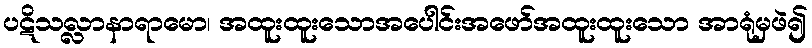
ပဋိသလ္လာနာရာမော၊ အထူးထူးသောအပေါင်းအဖော်အထူးထူးသော အာရုံမှဖဲ၍